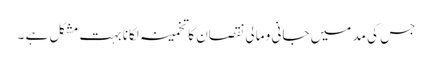
جس کی مد میں جانی و مالی نقصان کا تخمینہ لگانا بہت مشکل ہے ۔